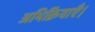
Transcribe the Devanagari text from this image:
अभिक्रियाएँ।